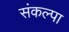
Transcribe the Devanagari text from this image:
संकल्पा